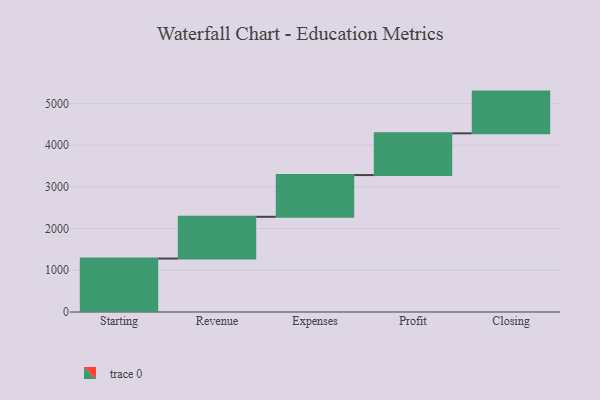
{"axis": {"x": "Step", "y": "Value"}, "legend": [""], "data": [{"x": "Starting", "y": 1281.0, "type": ""}, {"x": "Revenue", "y": 1000, "type": ""}, {"x": "Expenses", "y": 1000, "type": ""}, {"x": "Profit", "y": 1000, "type": ""}, {"x": "Closing", "y": 1000, "type": ""}]}